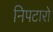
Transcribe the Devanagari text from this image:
निपटारो